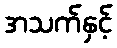
အသက်နှင့်